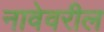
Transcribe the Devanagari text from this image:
नावेवरील